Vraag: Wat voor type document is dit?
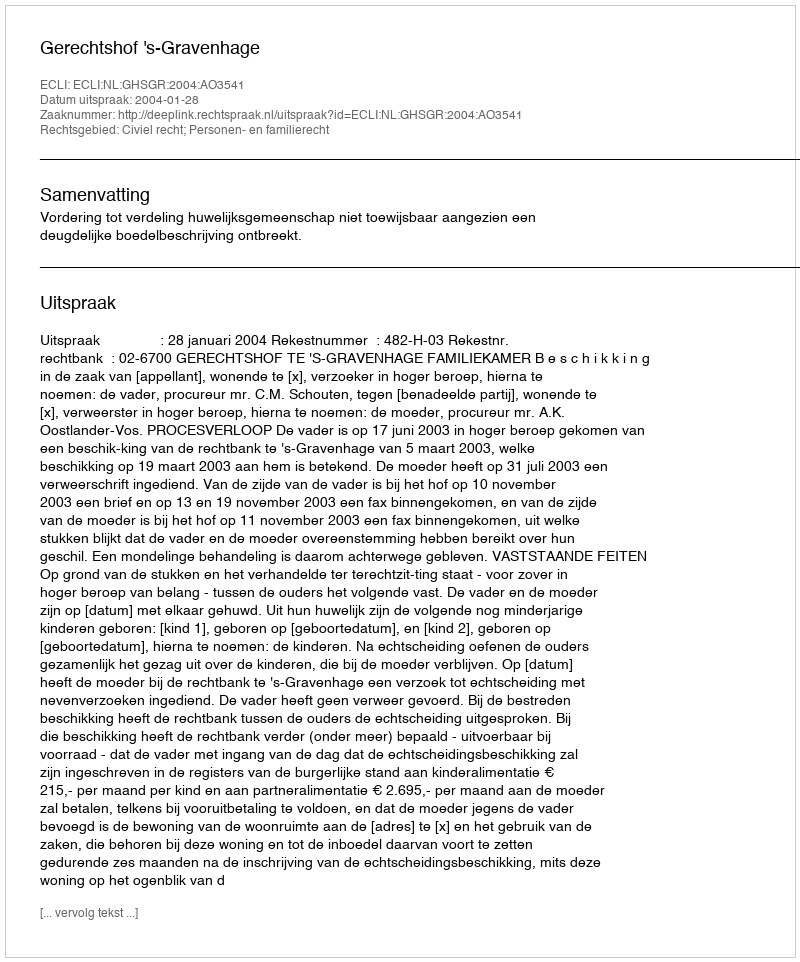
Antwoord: Uitspraak